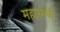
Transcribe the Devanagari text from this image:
महाध्मनी